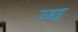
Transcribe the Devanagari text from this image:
उद्भट्ट